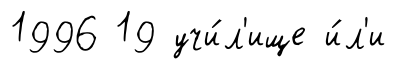
1996 19 учи́л'ище и́л'и